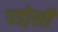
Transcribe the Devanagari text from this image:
पडो़सी